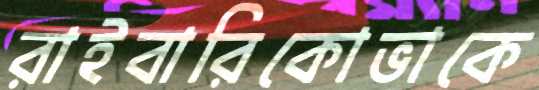
রাইবারিকোভাকে